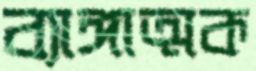
ব্যাঙ্গাত্মক